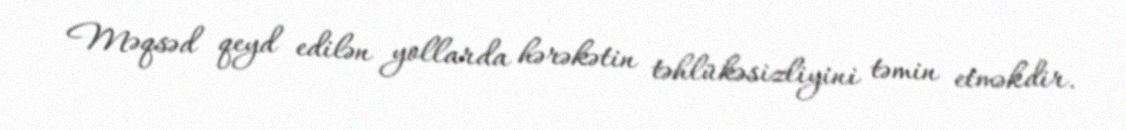
Məqsəd qeyd edilən yollarda hərəkətin təhlükəsizliyini təmin etməkdir.